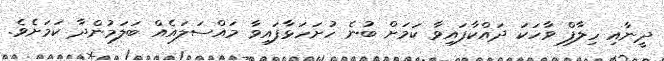
ދީނާއި ހިލާފް ވާހަކަ ދައްކާފައިވާ ކަމަށް ބުނެ ހުށަހަޅާފައިވާ މައްސަލައެއް ބަލަމުންދާ ކަމަށެވެ.